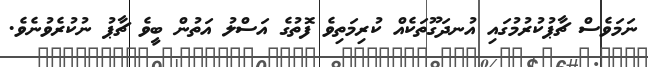
ނަމަވެސް ޗާޕުކުރުމުގައި އުނދަގޫތަކެއް ކުރިމަތިވެ ފޮތުގެ އަސްލު އަތުން ބީވެ ޗާޕު ނުކުރެވުނެވެ.